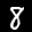
Label: 8